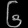
Digit: ၆